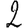
Digit: 2